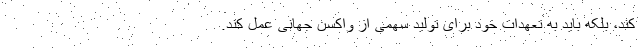
کند، بلکه باید به تعهدات خود برای تولید سهمی از واکسن جهانی عمل کند.